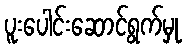
ပူးပေါင်းဆောင်ရွက်မှု